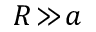
R \! \gg \! a